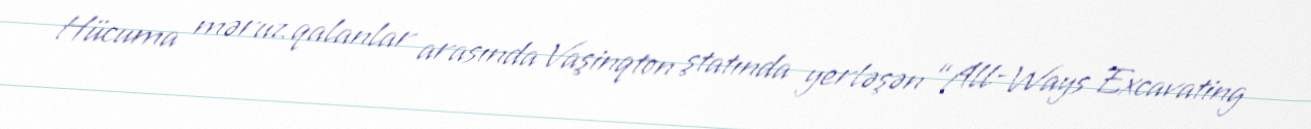
Hücuma məruz qalanlar arasında Vaşinqton ştatında yerləşən “All-Ways Excavating